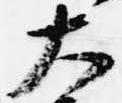
大